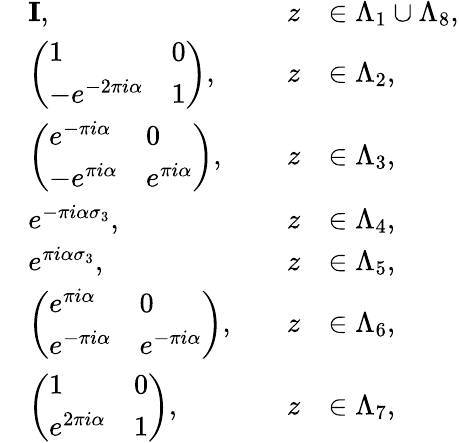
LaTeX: \begin{array}{rlrl}&{\mathbf{I},\quad}&{z}&{\in\Lambda_{1}\cup\Lambda_{8},}\\ &{\left(\begin{array}{ll}{1}&{0}\\ {-e^{-2\pi i\alpha}}&{1}\end{array}\right),\quad}&{z}&{\in\Lambda_{2},}\\ &{\left(\begin{array}{ll}{e^{-\pi i\alpha}}&{0}\\ {-e^{\pi i\alpha}}&{e^{\pi i\alpha}}\end{array}\right),\quad}&{z}&{\in\Lambda_{3},}\\ &{e^{-\pi i\alpha\sigma_{3}},\quad}&{z}&{\in\Lambda_{4},}\\ &{e^{\pi i\alpha\sigma_{3}},\quad}&{z}&{\in\Lambda_{5},}\\ &{\left(\begin{array}{ll}{e^{\pi i\alpha}}&{0}\\ {e^{-\pi i\alpha}}&{e^{-\pi i\alpha}}\end{array}\right),\quad}&{z}&{\in\Lambda_{6},}\\ &{\left(\begin{array}{ll}{1}&{0}\\ {e^{2\pi i\alpha}}&{1}\end{array}\right),\quad}&{z}&{\in\Lambda_{7},}\end{array}